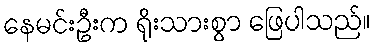
နေမင်းဦးက ရိုးသားစွာ ဖြေပါသည်။